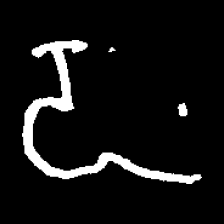
Pyu character \u2014 Myanmar letter: ဍ (romanized: dda)